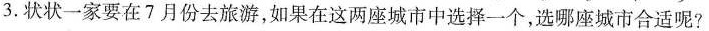
3.状状一家要在7月份去旅游，如果在这两座城市中选择一个，选哪座城市合适呢?